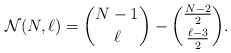
\begin{align*}{\cal{N}}(N,\ell) = { N-1 \choose \ell} -{\frac{N-2}{2} \choose \frac{\ell- 3}{2} }.\end{align*}